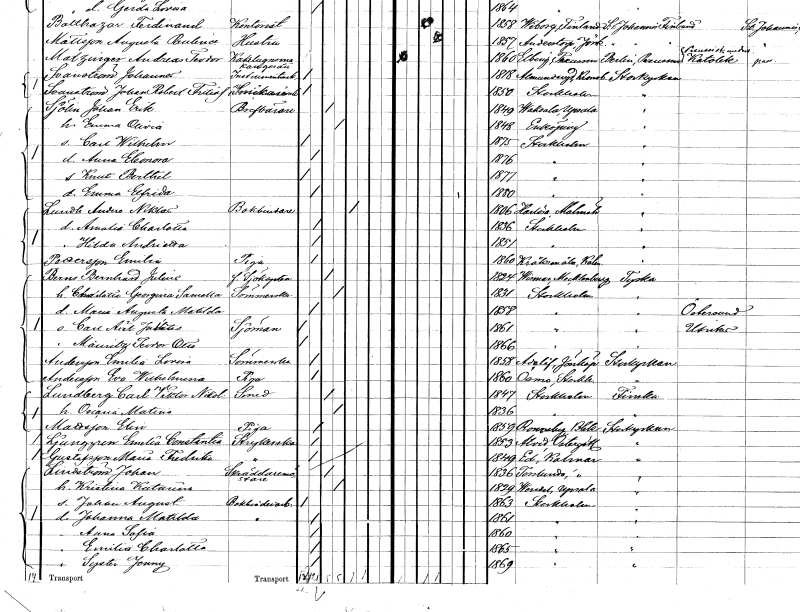
gt_parse: households: individuals: FN: Knut Berthel
KON: M
CIV: O
FODAR: 1877
FODFORS: Stockholm
FN: Emma Elfrida
KON: K
CIV: O
FODAR: 1880
FODFORS: Stockholm
FN: Anders Niklas
EN: Lundh
YRKE: Bokbindare
KON: M
CIV: E
FODAR: 1806
FODFORS: Harlösa Malmöhus län
FN: Amalia Charlotta
KON: K
CIV: O
FODAR: 1836
FODFORS: Stockholm
FN: Hilda Andrietta
KON: K
CIV: O
FODAR: 1851
FODFORS: Stockholm
FN: Emilia
EN: Pettersson
YRKE: Piga
KON: K
CIV: O
FODAR: 1860
FODFORS: Kråksmåla Kalmar län
FN: Bernhard Julius
EN: Bern
YRKE: Sjökapten f.d.
KON: M
CIV: G
FODAR: 1824
FN: Charlotta Georgina Samella
YRKE: Sömmerska
KON: K
CIV: G
FODAR: 1831
FODFORS: Stockholm
FN: Maria Augusta Matilda
KON: K
CIV: O
FODAR: 1858
FODFORS: Stockholm
FN: Carl Axel Julitis
YRKE: Sjöman
KON: M
CIV: O
FODAR: 1861
FODFORS: Stockholm
FN: Mauritz Teodor Otto
KON: M
CIV: O
FODAR: 1866
FODFORS: Stockholm
FN: Emilia Lovisa
EN: Andersson
YRKE: Sömmerska
KON: K
CIV: O
FODAR: 1858
FODFORS: Adelöv Jönköpings län
FN: Eva Wilhelmina
EN: Andersson
YRKE: Piga
KON: K
CIV: O
FODAR: 1860
FODFORS: Ösmo Stockholms län
FN: Carl Viktor Nikolaus
EN: Lundberg
YRKE: Smed
KON: M
CIV: G
FODAR: 1847
FODFORS: Stockholm
FN: Oscaria Matina
KON: K
CIV: G
FODAR: 1836
FODFORS: Stockholm
FN: Elin
EN: Mattsson
YRKE: Piga
KON: K
CIV: O
FODAR: 1859
FODFORS: Ronneby Blekinge län
FN: Emilia Constantia
EN: Ljunggren
YRKE: Strykerska
KON: K
CIV: O
FODAR: 1853
FODFORS: Åtvid Östergötlands län
FN: Maria Fredrika
EN: Gustafsson
YRKE: Strykerska
KON: K
CIV: O
FODAR: 1849
FODFORS: Ed Kalmar län
FN: Johan
EN: Lindström
YRKE: Skräddarmästare
KON: M
CIV: G
FODAR: 1836
FODFORS: Torslunda Kalmar län
FN: Kristina Katarina
KON: K
CIV: G
FODAR: 1829
FODFORS: Vendel Uppsala län
FN: Johan August
YRKE: Bokbinderiarbetare
KON: M
CIV: O
FODAR: 1863
FODFORS: Stockholm
FN: Johanna Matilda
YRKE: Bokbinderiarbeterska
KON: K
CIV: O
FODAR: 1861
FODFORS: Stockholm
FN: Anna Sofia
KON: K
CIV: O
FODAR: 1860
FODFORS: Stockholm
FN: Emilia Charlotta
KON: K
CIV: O
FODAR: 1865
FODFORS: Stockholm
FN: Syster Jenny
KON: K
CIV: O
FODAR: 1869
FODFORS: Stockholm